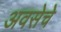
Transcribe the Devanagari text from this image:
अवसेचे